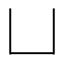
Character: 凵